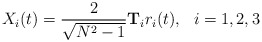
\begin{align*}X_i (t) = \frac{2}{\sqrt{N^2-1}} \mathbf{T}_i r_i(t) ,\ \ i=1,2,3\end{align*}